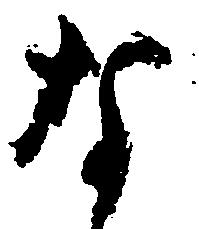
な